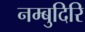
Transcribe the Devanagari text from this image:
नम्बुदिरि